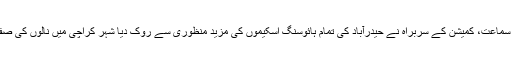
17 اپریل2018ء) پانی کی فراہمی و نکاسی آب کے متعلق سماعت، کمیشن کے سربراہ نے حیدرآباد کی تمام ہائوسنگ اسکیموں کی مزید منظوری سے روک دیا شہر کراچی میں نالوں کی صفائی نہ ہونے پر کمیشن کے سربراہ انتظامیہ پر برہم ہوگئے۔